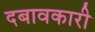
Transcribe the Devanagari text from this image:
दबावकारी